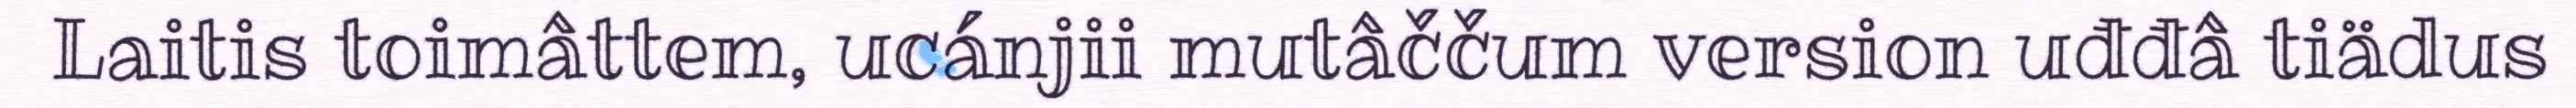
Laitis toimâttem, ucánjii mutâččum version uđđâ tiädus